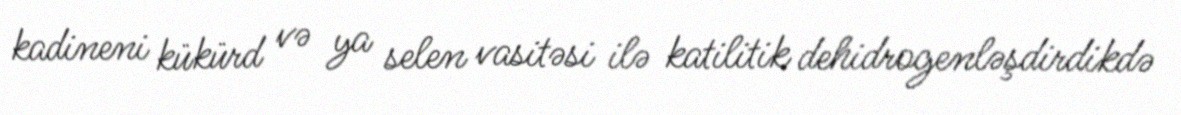
kadineni kükürd və ya selen vasitəsi ilə katilitik dehidrogenləşdirdikdə